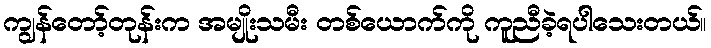
ကျွန်တော့်တုန်းက အမျိုးသမီး တစ်ယောက်ကို ကူညီခဲ့ရပါသေးတယ်။